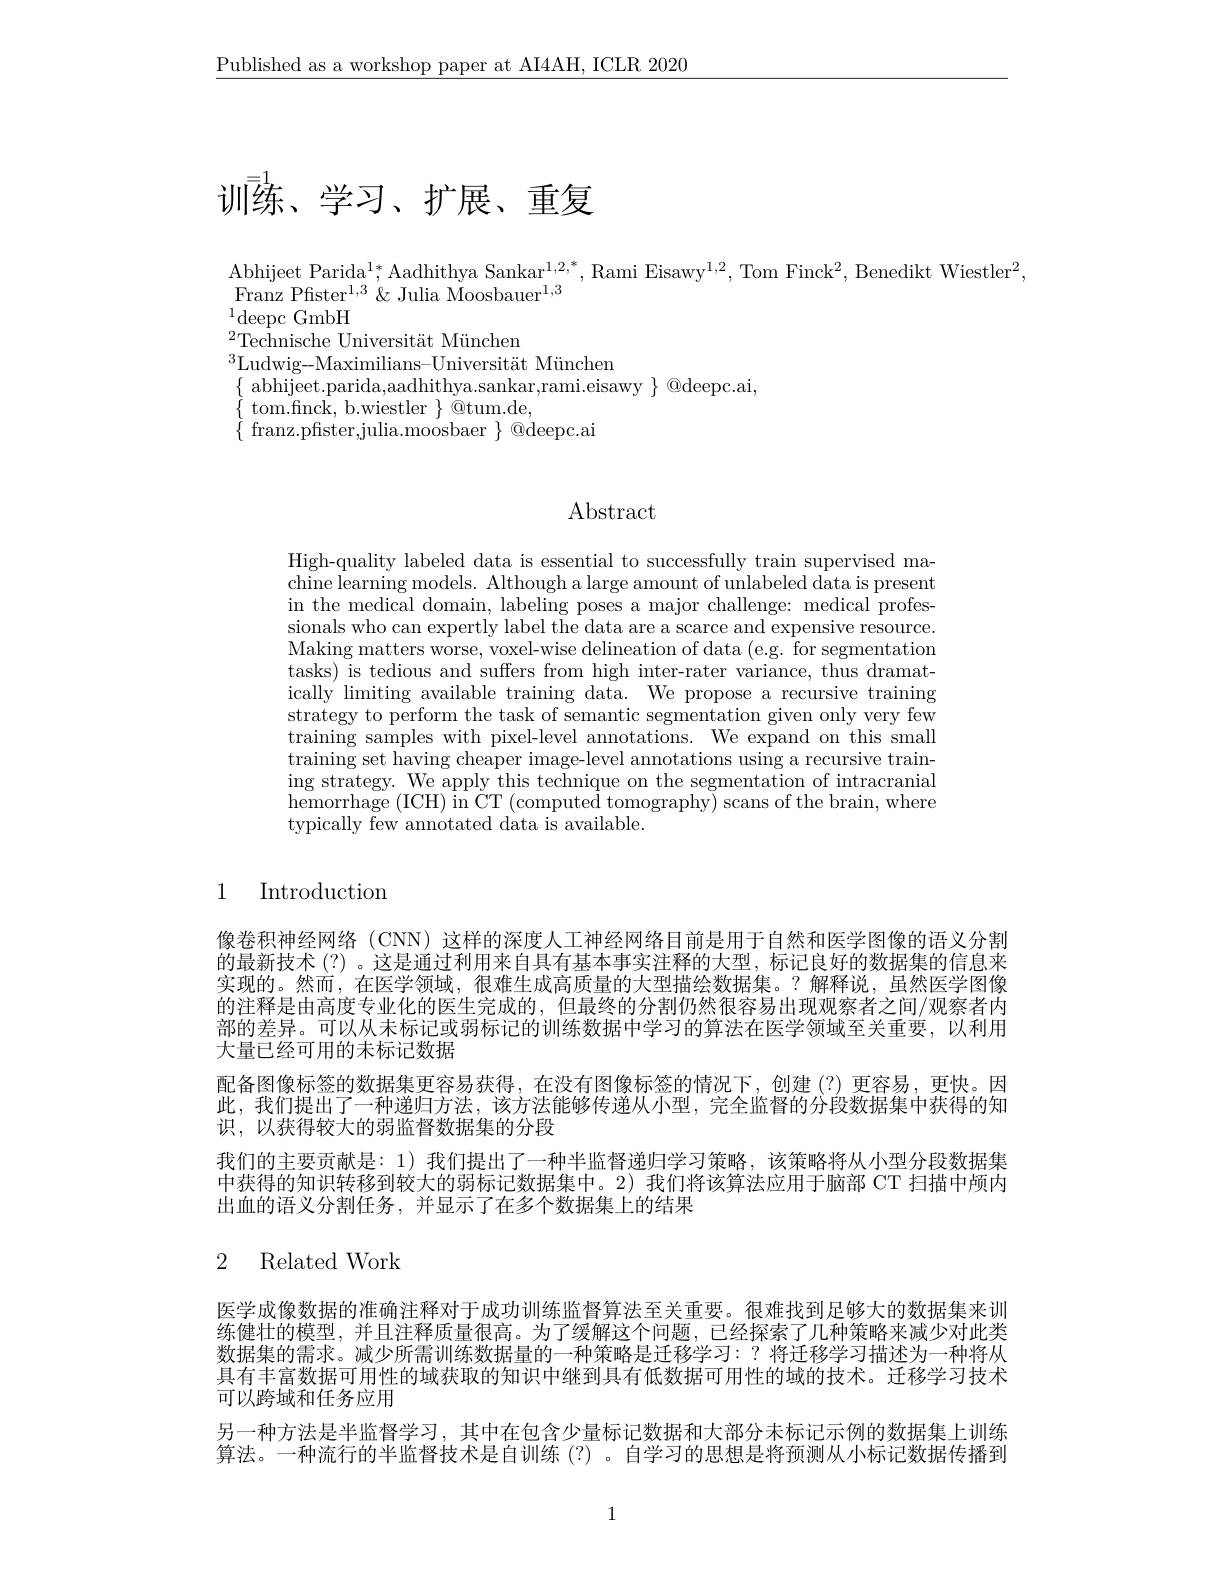
$\underline{\text{Published as a workshop paper at AI4AH, ICLR 2020}}$

$\bar{\text{训练、学习、扩展、重复}}$

Abhijeet Parida$^1*$,Aadhithya Sankar$^1,2,*$,Rami Eisawy$^1,2$,Tom Finck$^2$,Benedikt Wiestler$^2$,
Franz Pfiste$r^{1, 3}\&$ Julia Moosbaue$r^{1, 3}$
$^{1}$deepc GmbH

$^{2}$Technische Universität München

$^{3}$Ludwig-Maximilians-Uni

$\{$ abhijeet.parida,aadhithy

$\begin{array}{ll}{{aomjcc.parida,aamntinya.sannar,1amn.0}}\\{{\{\begin{array}{ll}{\mathrm{tom.finck,~b.wiestler~}}\end{array}\}@tum.de,}}\\{{\{\begin{array}{ll}{\mathrm{franz.pfister,julia.moosbaer~}}\end{array}\}@deepc.ax}}\end{array}$

# Abstract

High-quality labeled data is chine learning models. Altho in the medical domain, label sionals who can expertly lab Making matters worse, voxeltasks) is tedious and suffer ically'limiting available tr strategy to perform the task training samples with pixeltraining set having cheaper $\operatorname{ing}$strategy. We apply this technique on the segmentation of intracranial hemorrhage (ICH) in CT (comp typically few annotated data is available.

### 1 Introduction

像卷积神经网络(CNN) 这样的深度人工神经网络目前是用于自然和医学图像的语义分割的最新技术 (?) 。这是通过利用来自具有基本事实注释的大型，标记良好的数据集的信息来实现的。然而，在医学领域，很难生成高质量的大型描绘数据集。?解释说，虽然医学图像的注释是由高度专业化的医生完成的，但最终的分割仍然很容易出现观察者之间/观察者内部的差异。可以从未标记或弱标记的训练数据中学习的算法在医学领域至关重要，以利用大量已经可用的未标记数据
配备图像标签的数据集更容易获得，在没有图像标签的情况下，创建(?)更容易，更快。因此，我们提出了一种递归方法，该方法能够传递从小型，完全监督的分段数据集中获得的知识，以获得较大的弱监督数据集的分段
我们的主要贡献是：1) 我们提出了一种半监督递归学习策略，该策略将从小型分段数据集中获得的知识转移到较大的弱标记数据集中。2) 我们将该算法应用于脑部 CT 扫描中颅内出血的语义分割任务，并显示了在多个数据集上的结果

## 2 Related Work

医学成像数据的准确注释对于成功训练监督算法至关重要。很难找到足够大的数据集来训练健壮的模型，并且注释质量很高。为了缓解这个问题，已经探索了几种策略来减少对此类数据集的需求。减少所需训练数据量的一种策略是迁移学习：?将迁移学习描述为一种将从具有丰富数据可用性的域获取的知识中继到具有低数据可用性的域的技术。迁移学习技术可以跨域和任务应用
另一种方法是半监督学习，其中在包含少量标记数据和大部分未标记示例的数据集上训练算法。一种流行的半监督技术是自训练 (?)。自学习的思想是将预测从小标记数据传播到

1